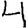
Digit: 4